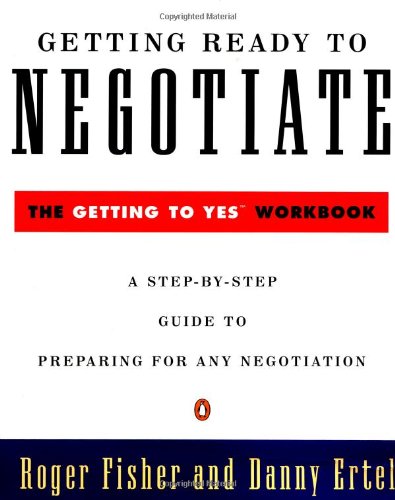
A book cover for Getting Ready to Negotiate (Penguin Business); Roger Fisher; Business & Money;